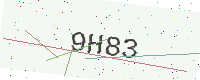
Text: 9H83